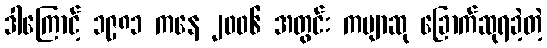
ဒါကြောင့် ၁၉၈၁ ကနေ ၂၀၀၆ အတွင်း ကဗျာဆု ခြောက်ဆုရခဲ့တဲ့